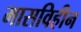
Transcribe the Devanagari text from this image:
मासविहीन